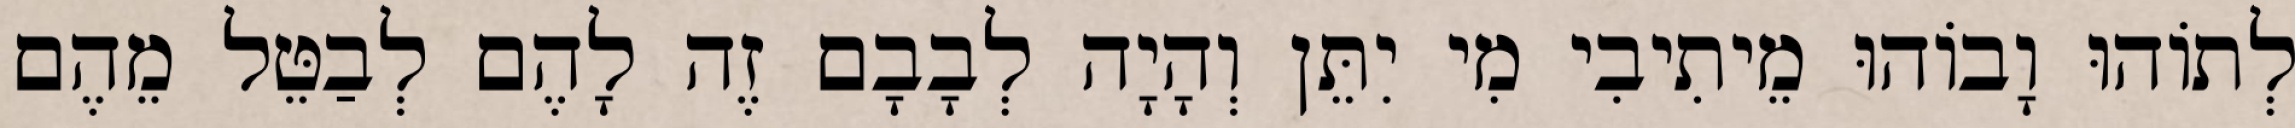
לְתוֹהוּ וָבוֹהוּ מֵיתִיבִי מִי יִתֵּן וְהָיָה לְבָבָם זֶה לָהֶם לְבַטֵּל מֵהֶם